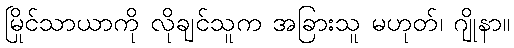
မြိုင်သာယာကို လိုချင်သူက အခြားသူ မဟုတ်၊ ဂျိုနာ။